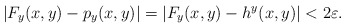
\begin{align*}| F_y(x,y) - p_y(x,y) |= | F_y(x,y) - h^y(x,y) | < 2 \varepsilon.\end{align*}